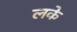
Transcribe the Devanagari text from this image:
लके